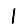
Digit: 1